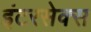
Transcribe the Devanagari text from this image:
इंटरसेक्स